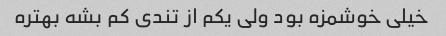
خیلی خوشمزه بود ولی یکم از تندی کم بشه بهتره